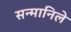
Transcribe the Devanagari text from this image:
सन्मानिले